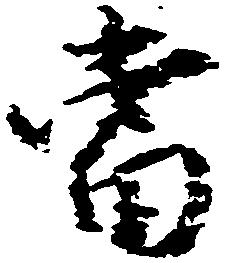
当